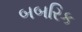
બબરિક